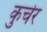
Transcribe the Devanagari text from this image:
कुचेर